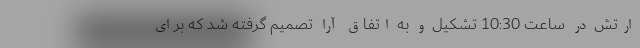
ارتش‌ در ساعت‌ 10:30 تشكیل‌ و به‌ اتفاق آرا تصمیم‌ گرفته‌ شد كه‌ برای‌